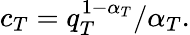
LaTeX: c_{T}=q_{T}^{1-\alpha_{T}}/\alpha_{T}.